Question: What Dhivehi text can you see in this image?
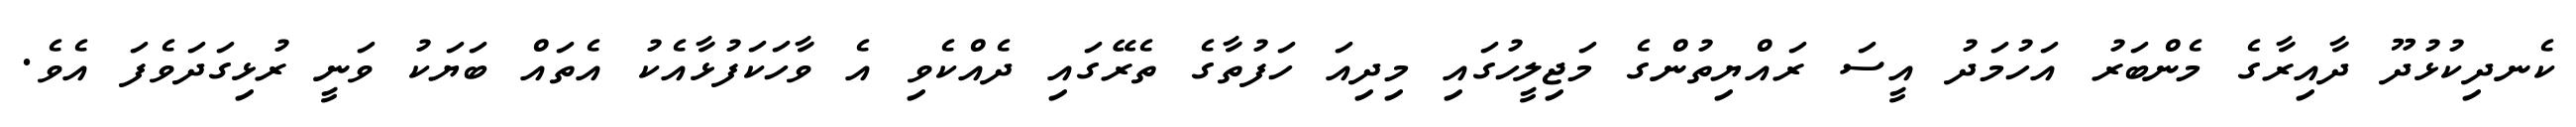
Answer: ކެނދިކުޅުދޫ ދާއިރާގެ މެންބަރު އަހުމަދު އީސަ ރައްޔިތުންގެ މަޖިލީހުގައި މިދިއަ ހަފުތާގެ ތެރޭގައި ދެއްކެވި އެ ވާހަކަފުޅާއެކު އެތައް ބަޔަކު ވަނީ ރުޅިގަދަވެފަ އެވެ.